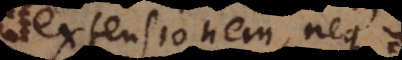
extensionem, neque